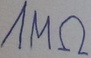
Text: 1MΩ